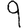
Digit: 9